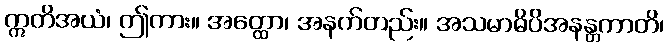
ဣတိအယံ၊ ဤကား။ အတ္ထော၊ အနက်တည်း။ အသမာဓိပိအနန္တကာတိ၊